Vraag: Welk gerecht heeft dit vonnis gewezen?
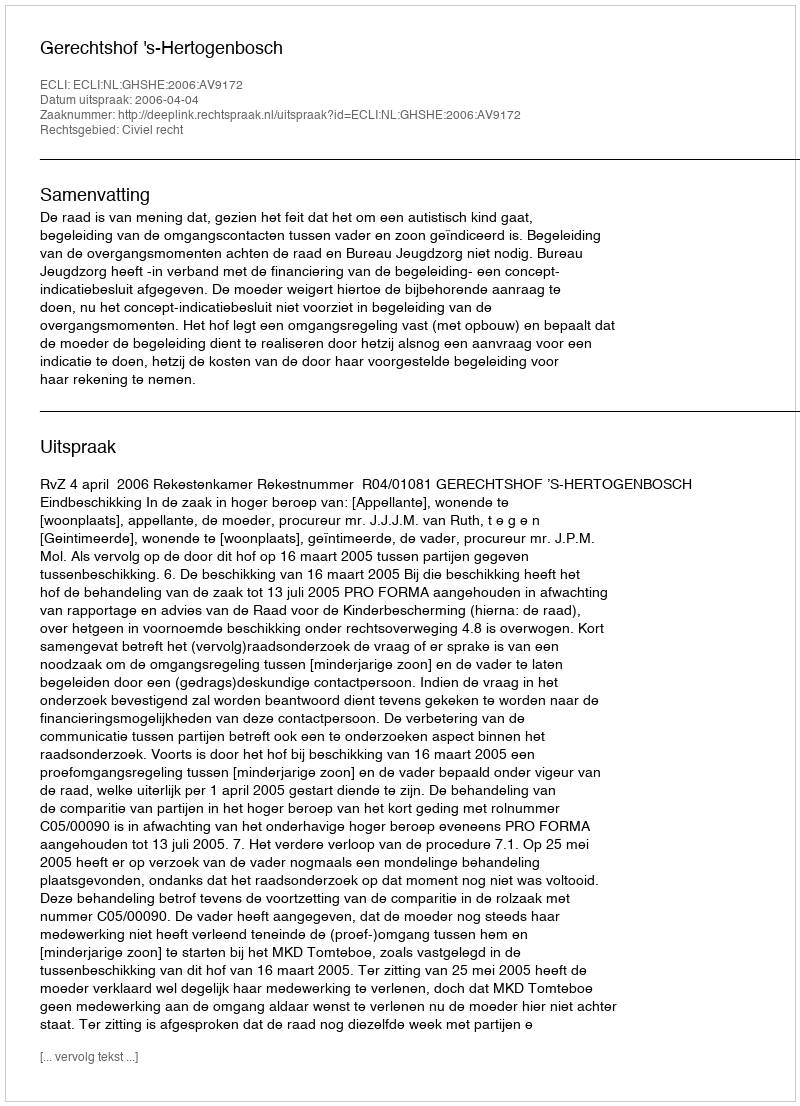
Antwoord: Gerechtshof 's-Hertogenbosch